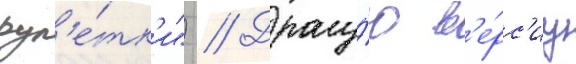
рул'е́тк'и") // Другу́ю в'е́рс'иу